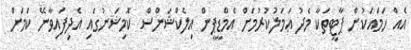
އެއް ހަމައަކުން ޕާޓީތަކާ މެދު ޢަމަލުކުރުމަށް އެމްޑީޕީން އިލެކްޝަންސް ކޮމިޝަނުގައި އެދިފައިވާނޭ ކަމަށް